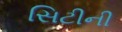
સિટીની